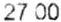
27.00